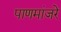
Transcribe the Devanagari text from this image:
पाणमांजरे